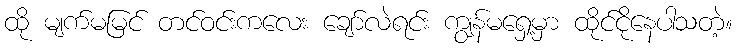
ထို မျက်မမြင် တင်ဝင်းကလေး ချော်လဲရင်း ကျွန်မရှေ့မှာ ထိုင်ငိုနေပါသတဲ့။